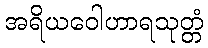
အရိယဝေါဟာရသုတ္တံ